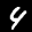
Label: 4